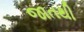
જાતથી